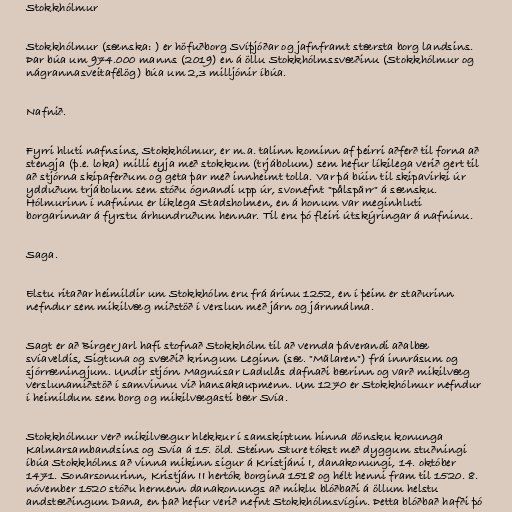
Stokkhólmur

Stokkhólmur (sænska: ) er höfuðborg Svíþjóðar og jafnframt stærsta borg landsins.
Þar búa um 974.000 manns (2019) en á öllu Stokkhólmssvæðinu (Stokkhólmur og
nágrannasveitafélög) búa um 2,3 milljónir íbúa.

Nafnið.

Fyrri hluti nafnsins, Stokkhólmur, er m.a. talinn kominn af þeirri aðferð til forna að
stengja (þ.e. loka) milli eyja með stokkum (trjábolum) sem hefur líkilega verið gert til
að stjórna skipaferðum og geta þar með innheimt tolla. Var þá búin til skipavirki úr
ydduðum trjábolum sem stóðu ógnandi upp úr, svonefnt "pålspärr" á sænsku.
Hólmurinn í nafninu er líklega Stadsholmen, en á honum var meginhluti
borgarinnar á fyrstu árhundruðum hennar. Til eru þó fleiri útskýringar á nafninu.

Saga.

Elstu ritaðar heimildir um Stokkhólm eru frá árinu 1252, en í þeim er staðurinn
nefndur sem mikilvæg miðstöð í verslun með járn og járnmálma.

Sagt er að Birger Jarl hafi stofnað Stokkhólm til að vernda þáverandi aðalbæ
svíaveldis, Sigtuna og svæðið kringum Leginn (sæ. "Mälaren") frá innrásum og
sjórræningjum. Undir stjórn Magnúsar Ladulås dafnaði bærinn og varð mikilvæg
verslunamiðstöð í samvinnu við hansakaupmenn. Um 1270 er Stokkhólmur nefndur
í heimildum sem borg og mikilvægasti bær Svía.

Stokkhólmur verð mikilvægur hlekkur í samskiptum hinna dönsku konunga
Kalmarsambandsins og Svía á 15. öld. Steinn Sture tókst með dyggum stuðningi
íbúa Stokkhólms að vinna mikinn sigur á Kristjáni I, danakonungi, 14. október
1471. Sonarsonurinn, Kristján II hertók borgina 1518 og hélt henni fram til 1520. 8.
nóvember 1520 stóðu hermenn danakonungs að miklu blóðbaði á öllum helstu
andstæðingum Dana, en það hefur verið nefnt Stokkhólmsvígin. Þetta blóðbað hafði þó